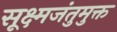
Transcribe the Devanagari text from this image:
सूक्ष्मजंतुमुक्त